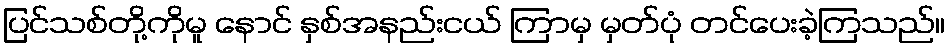
ပြင်သစ်တို့ကိုမူ နောင် နှစ်အနည်းငယ် ကြာမှ မှတ်ပုံ တင်ပေးခဲ့ကြသည်။